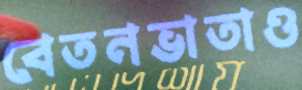
বেতনভাতাও